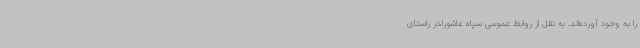
را به وجود آورده‌اند. به نقل از روابط عمومی سپاه عاشورا،در راستای